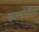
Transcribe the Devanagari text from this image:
कालांतील